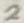
Text: 2